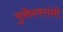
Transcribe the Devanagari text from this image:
युक्तेश्वरांनी